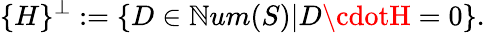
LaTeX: \{ H\} ^{\perp}:=\{ D\in\mathbb{N}um(S)|D\cdotH=0\} .